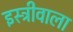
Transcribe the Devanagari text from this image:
इस्त्रीवाला